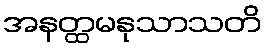
အနတ္ထမနုသာသတိ